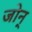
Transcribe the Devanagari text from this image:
जोन्